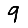
Digit: 9